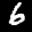
Label: 6